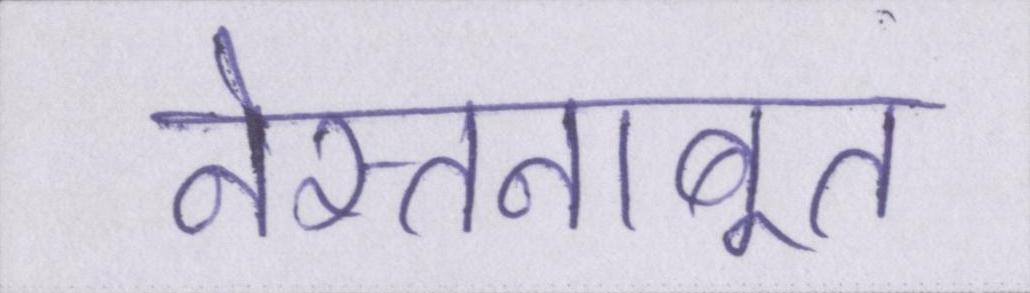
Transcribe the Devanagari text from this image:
नेस्तनाबूत